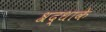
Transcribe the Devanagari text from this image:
श्रद्धाके